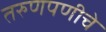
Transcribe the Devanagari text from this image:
तरुणपणीचे